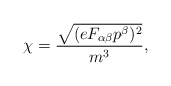
\begin{align*}\chi=\frac{\sqrt{(eF_{\alpha \beta}p^{\beta})^2}}{m^3},\end{align*}